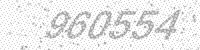
Solution: 960554